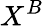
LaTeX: X^{B}